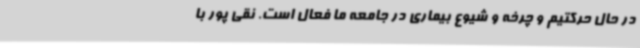
در حال حرکتیم و چرخه و شیوع بیماری در جامعه ما فعال است. نقی پور با